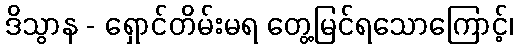
ဒိသွာန - ရှောင်တိမ်းမရ တွေ့မြင်ရသောကြောင့်၊